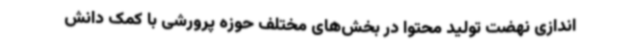
‌اندازی نهضت تولید محتوا در بخش‌های مختلف حوزه پرورشی با کمک دانش